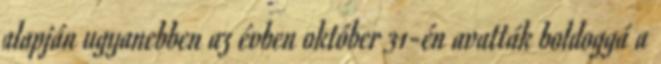
alapján ugyanebben az évben október 31-én avatták boldoggá a